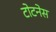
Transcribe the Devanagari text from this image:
टोटनेस